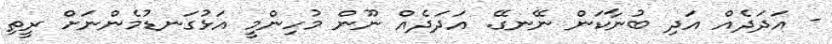
- އަދަދެއް އަދި ބުނާކަން ނޭނގޭ. އަދަދެއް ނޫން މުހިންމީ އަޅުގަނޑުމެންނަށް ރީތި